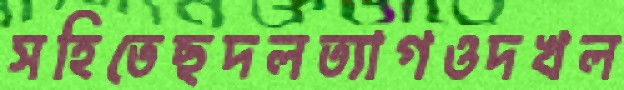
সহিতেছদলত্যাগওদখল